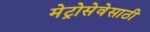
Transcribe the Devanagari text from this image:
मेट्रोसेवेसाठी